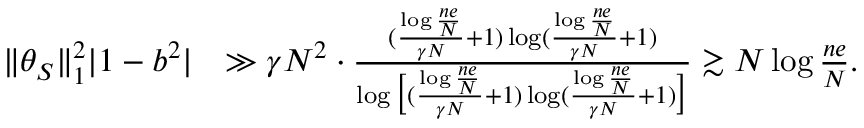
\begin{array} { r l } { \| \theta _ { S } \| _ { 1 } ^ { 2 } | 1 - b ^ { 2 } | } & { \gg \gamma N ^ { 2 } \cdot \frac { ( \frac { \log \frac { n e } { N } } { \gamma N } + 1 ) \log ( \frac { \log \frac { n e } { N } } { \gamma N } + 1 ) } { \log \big [ ( \frac { \log \frac { n e } { N } } { \gamma N } + 1 ) \log ( \frac { \log \frac { n e } { N } } { \gamma N } + 1 ) \big ] } \gtrsim N \log \frac { n e } { N } . } \end{array}